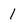
Character: 1